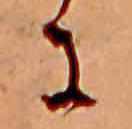
に